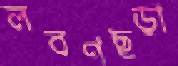
লবণছড়া